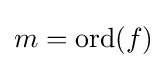
m=\operatorname {ord} (f)